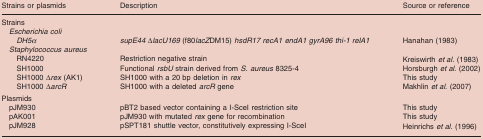
<table><thead><tr><td><b>Strains or plasmids</b></td><td><b>Description</b></td><td><b>Source or reference</b></td></tr></thead><tbody><tr><td>Strains</td><td></td><td></td></tr><tr><td><i>Escherichia coli</i></td><td></td><td></td></tr><tr><td><i>DH5α</i></td><td><i>supE44</i>Δ<i>lacU169</i> (f80<i>lacZ</i>DM15) <i>hsdR17 recA1 endA1 gyrA96 thi-1 relA1</i></td><td>Hanahan (1983)</td></tr><tr><td><i>Staphylococcus aureus</i></td><td></td><td></td></tr><tr><td>RN4220</td><td>Restriction negative strain</td><td>Kreiswirth <i>et al</i>. (1983)</td></tr><tr><td>SH1000</td><td>Functional <i>rsbU</i> strain derived from <i>S. aureus</i> 8325-4</td><td>Horsburgh <i>et al</i>. (2002)</td></tr><tr><td>SH1000 Δ<i>rex</i> (AK1)</td><td>SH1000 with a 20 bp deletion in <i>rex</i></td><td>This study</td></tr><tr><td>SH1000 Δ<i>arcR</i></td><td>SH1000 with a deleted <i>arcR</i> gene</td><td>Makhlin <i>et al</i>. (2007)</td></tr><tr><td>Plasmids</td><td></td><td></td></tr><tr><td>pJM930</td><td>pBT2 based vector containing a I-SceI restriction site</td><td>This study</td></tr><tr><td>pAK001</td><td>pJM930 with mutated <i>rex</i> gene for recombination</td><td>This study</td></tr><tr><td>pJM928</td><td>pSPT181 shuttle vector, constitutively expressing I-SceI</td><td>Heinrichs <i>et al</i>. (1996)</td></tr></tbody></table>